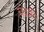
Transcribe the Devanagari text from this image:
चंद्रत्री